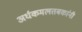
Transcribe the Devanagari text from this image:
अर्धकमलतबकांनी